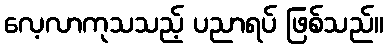
လေ့လာကုသသည့် ပညာရပ် ဖြစ်သည်။